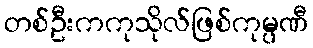
တစ်ဦးကကုသိုလ်ဖြစ်ကုမ္ပဏီ